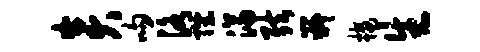
炎吻洛陛济弦嶷楼生